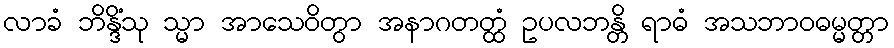
လာခံ ဘိန္ဒိံသု သ္မာ အာသေဝိတွာ အနာဂတတ္ထံ ဥပလဘန္တိ ရာဓံ အသဘာဝဓမ္မတ္တာ